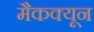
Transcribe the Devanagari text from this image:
मैकक्यून